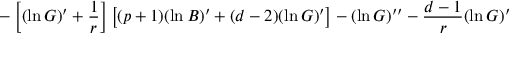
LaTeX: - \left[ ( \ln G ) ^ { \prime } + { \frac { 1 } { r } } \right] \left[ ( p + 1 ) ( \ln B ) ^ { \prime } + ( d - 2 ) ( \ln G ) ^ { \prime } \right] - ( \ln G ) ^ { \prime \prime } - { \frac { d - 1 } { r } } ( \ln G ) ^ { \prime }